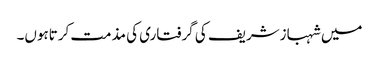
میں شہبازشریف کی گرفتاری کی مذمت کرتاہوں۔